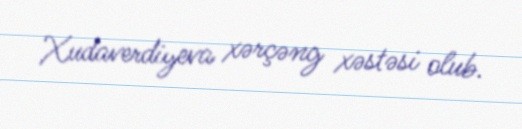
Xudaverdiyeva xərçəng xəstəsi olub.